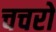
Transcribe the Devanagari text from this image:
चचरो